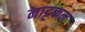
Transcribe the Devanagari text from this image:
नाट्टकम